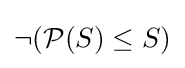
\neg ({\mathcal {P}}(S)\leq S)